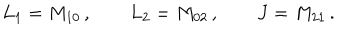
L _ { 1 } = M _ { 1 0 } \, , \qquad L _ { 2 } = M _ { 0 2 } \, , \qquad J = M _ { 2 1 } \, .